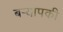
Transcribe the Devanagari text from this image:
बर्‍यापकी